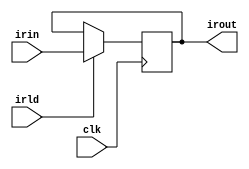
`timescale 1ns/100ps

module ir(irld, clk, irin, irout);

input [15:0] irin;
output [15:0] irout;
input irld;
input clk;

reg [15:0] r_ir;

initial
begin
	r_ir <= 0;
end

assign irout = r_ir;

always@(posedge clk)
begin
	if(irld) #5 r_ir <= irin;
end

endmodule